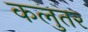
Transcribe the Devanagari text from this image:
कलुतर